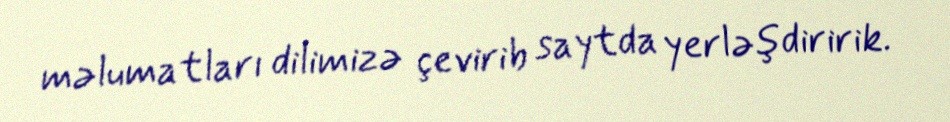
məlumatları dilimizə çevirib saytda yerləşdiririk.